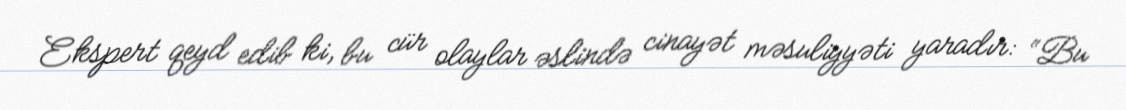
Ekspert qeyd edib ki, bu cür olaylar əslində cinayət məsuliyyəti yaradır: “Bu